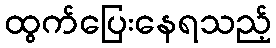
ထွက်ပြေးနေရသည့်